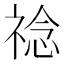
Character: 䄒